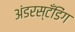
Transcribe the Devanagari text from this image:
अंडरस्टँडिंग